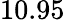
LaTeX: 10.95